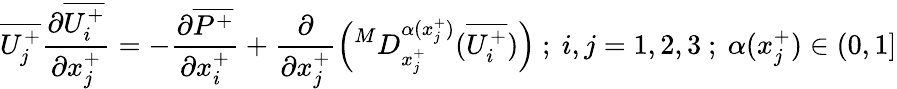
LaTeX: \overline{{U_{j}^{+}}}\frac{\partial\overline{{U_{i}^{+}}}}{\partial x_{j}^{+}}=-\frac{\partial\overline{{P^{+}}}}{\partial x_{i}^{+}}+\frac{\partial}{\partial x_{j}^{+}}\left(^MD_{x_{j}^{+}}^{\alpha(x_{j}^{+})}(\overline{{U_{i}^{+}}})\right)~;~i,j=1,2,3~;~\alpha(x_{j}^{+})\in(0,1]